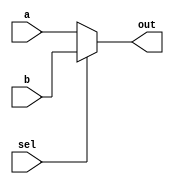
module top_module( 
    input [99:0] a, b,
    input sel,
    output [99:0] out );
    always @(*)begin
        if(sel)
            out=b;
    	else
        	out=a;
    end
endmodule